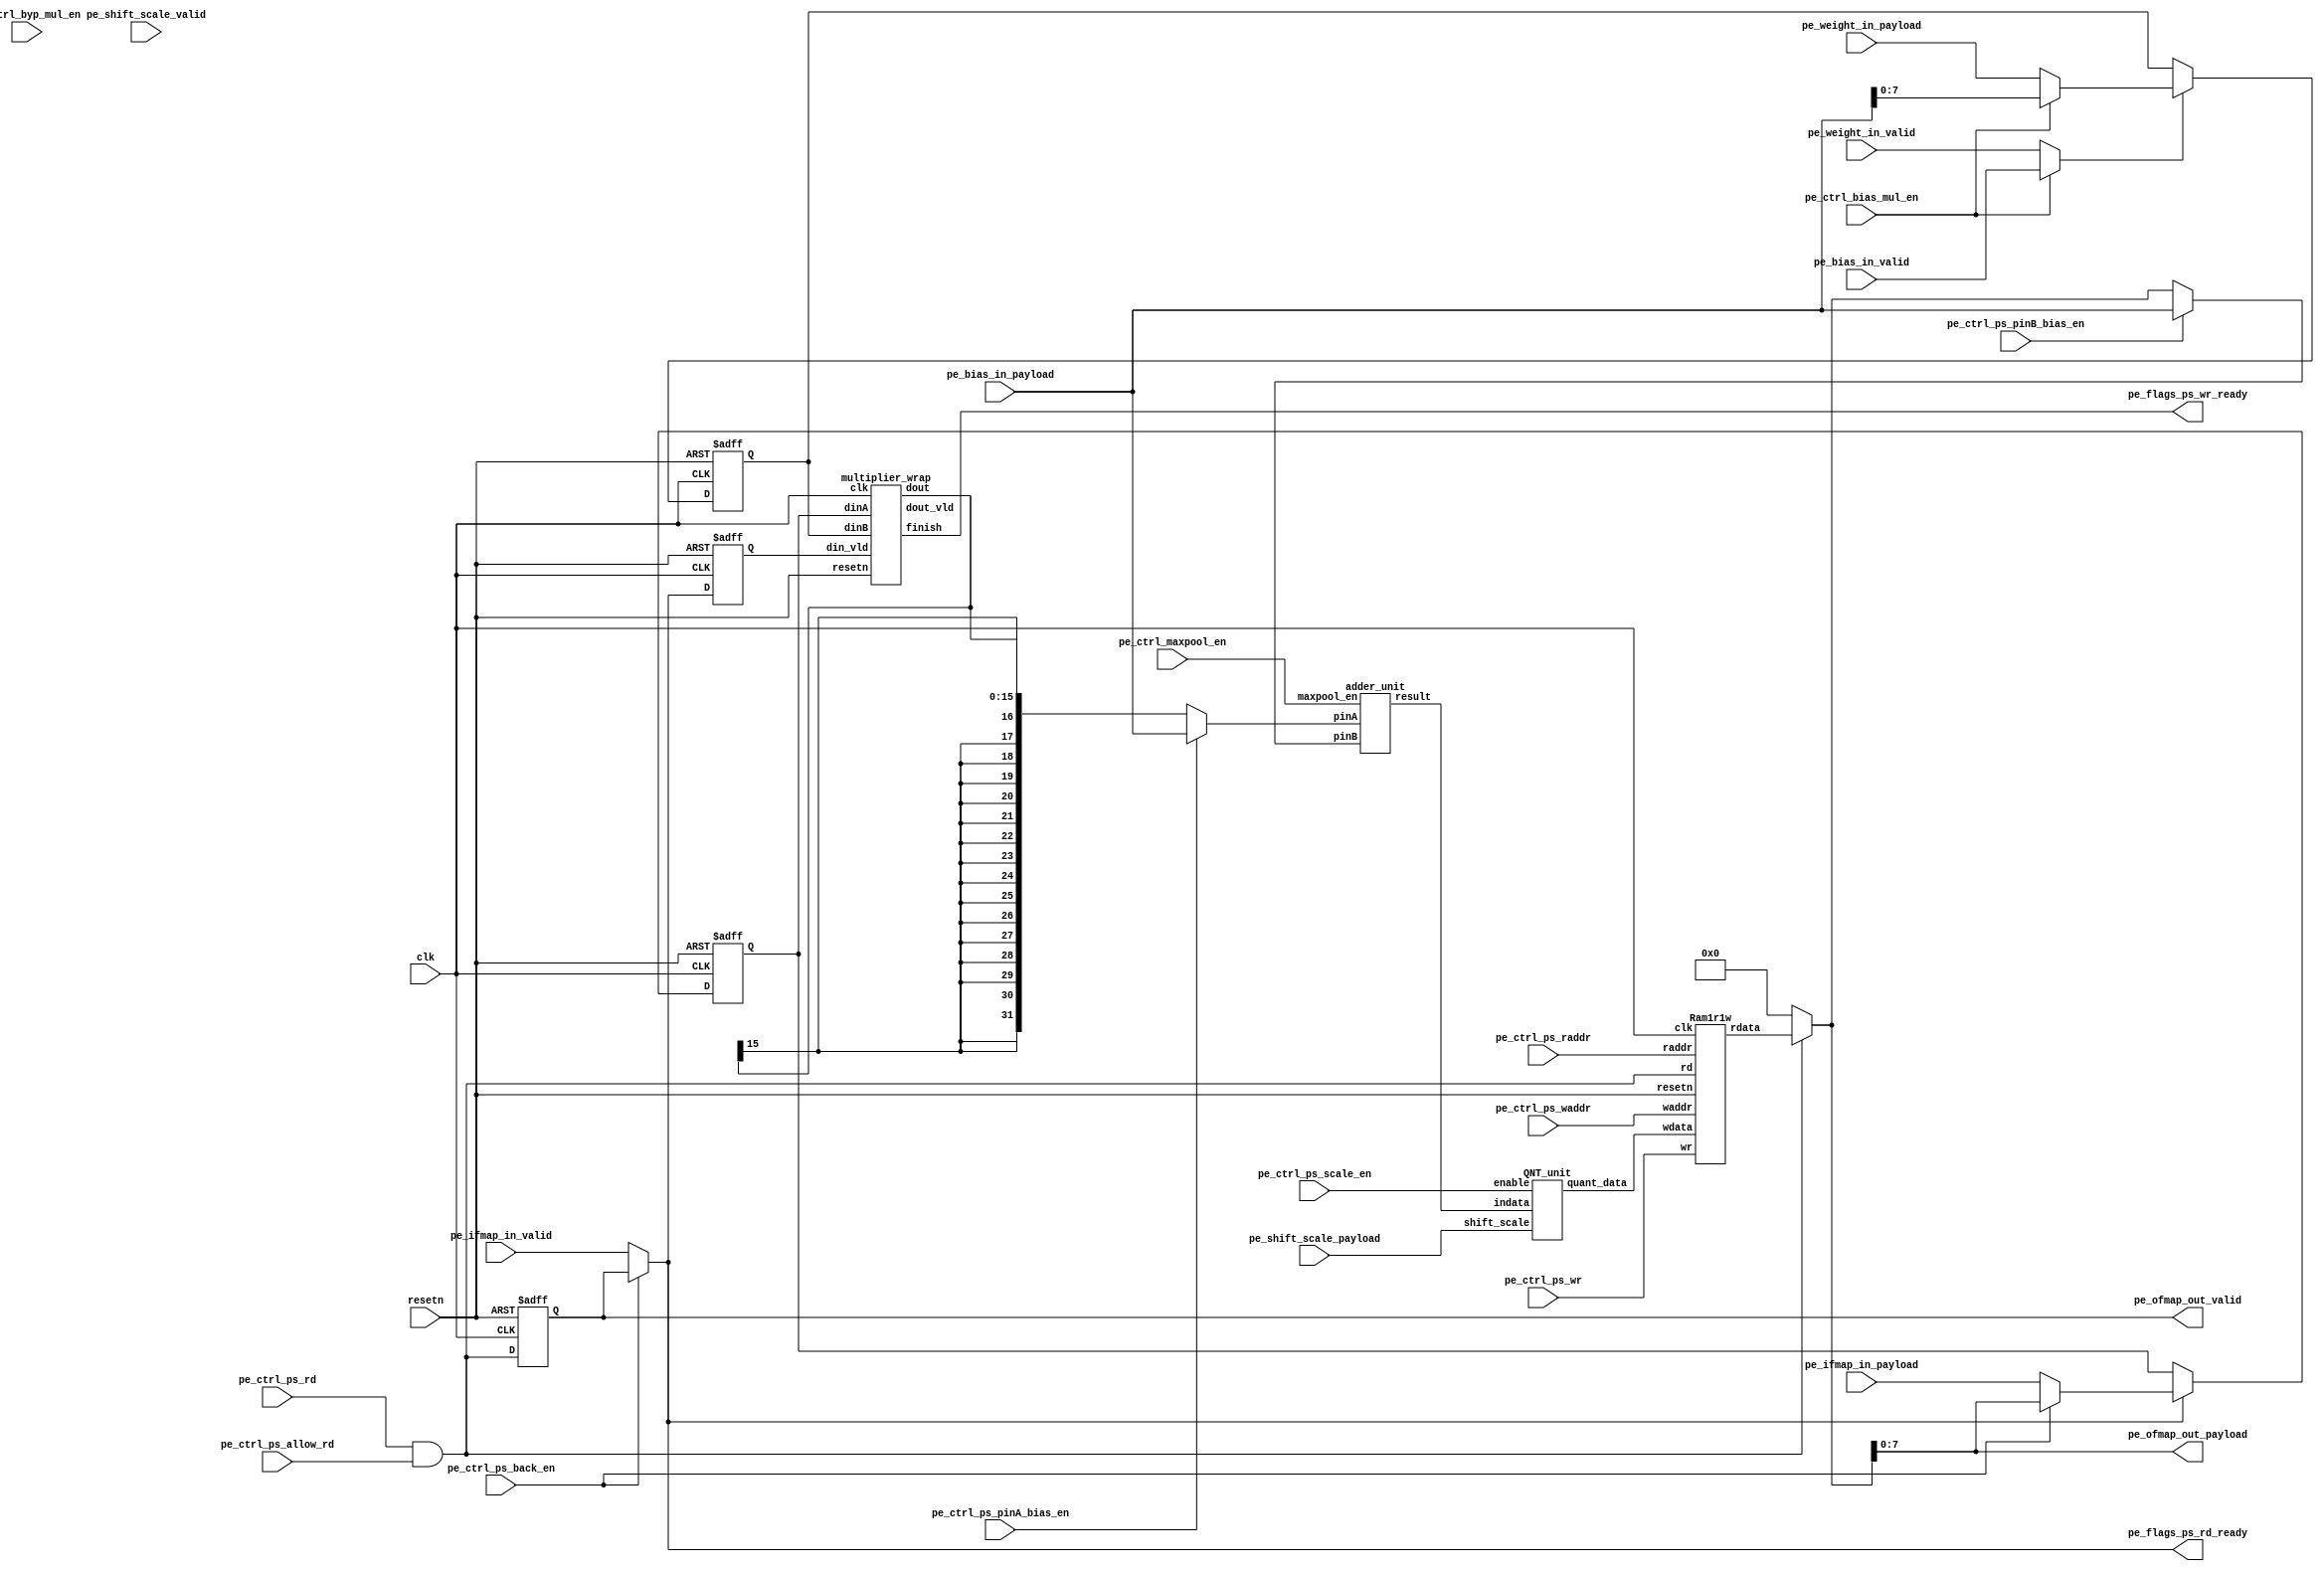
// Generator : SpinalHDL v1.7.0    git head : eca519e78d4e6022e34911ec300a432ed9db8220
// Component : pe_unit
// Git hash  : a8067f8b21100dedc7f8f4dc50eeab43e42ffc01

`timescale 1ns/1ps

module pe_unit (
  input               pe_weight_in_valid,
  input      [7:0]    pe_weight_in_payload,
  input               pe_ifmap_in_valid,
  input      [7:0]    pe_ifmap_in_payload,
  input               pe_bias_in_valid,
  input      [31:0]   pe_bias_in_payload,
  input               pe_shift_scale_valid,
  input      [7:0]    pe_shift_scale_payload,
  output              pe_ofmap_out_valid,
  output     [7:0]    pe_ofmap_out_payload,
  input               pe_ctrl_ps_back_en,
  input      [6:0]    pe_ctrl_ps_waddr,
  input      [6:0]    pe_ctrl_ps_raddr,
  input               pe_ctrl_ps_wr,
  input               pe_ctrl_ps_rd,
  input               pe_ctrl_ps_allow_rd,
  input               pe_ctrl_ps_pinA_bias_en,
  input               pe_ctrl_ps_pinB_bias_en,
  input               pe_ctrl_byp_mul_en,
  input               pe_ctrl_maxpool_en,
  input               pe_ctrl_bias_mul_en,
  input               pe_ctrl_ps_scale_en,
  output              pe_flags_ps_rd_ready,
  output              pe_flags_ps_wr_ready,
  input               clk,
  input               resetn
);

  wire       [31:0]   Ps_rgfile_wdata;
  wire       [15:0]   Multiplier_dout;
  wire                Multiplier_finish;
  wire                Multiplier_dout_vld;
  wire       [31:0]   Adder_result;
  wire       [31:0]   qnt_quant_data;
  wire       [31:0]   Ps_rgfile_rdata;
  wire       [31:0]   tmp_ps_rf_rdata_payload;
  wire       [31:0]   tmp_ps_rf_rdata_payload_1;
  reg        [7:0]    Mula;
  reg        [7:0]    Mulb;
  wire                MA_AfterMux_valid;
  wire       [7:0]    MA_AfterMux_payload;
  wire                MB_AfterMux_valid;
  wire       [7:0]    MB_AfterMux_payload;
  wire                bias_Mul_valid;
  wire       [7:0]    bias_Mul_payload;
  wire                Mul_out_valid;
  wire       [15:0]   Mul_out_payload;
  wire                Mul_finish;
  reg                 MA_AfterMux_valid_regNext;
  wire                adder_out_valid;
  wire       [31:0]   adder_out_payload;
  wire       [31:0]   mul_out_ext;
  wire       [31:0]   adder_pinB;
  wire       [31:0]   adder_pinA;
  wire                ps_rf_rdata_valid;
  wire       [31:0]   ps_rf_rdata_payload;
  wire                ps_true_rd_en;
  reg                 ps_true_rd_en_regNext;

  assign tmp_ps_rf_rdata_payload = Ps_rgfile_rdata;
  assign tmp_ps_rf_rdata_payload_1 = 32'h0;
  multiplier_wrap Multiplier (
    .dinA     (Mula[7:0]                ), //i
    .dinB     (Mulb[7:0]                ), //i
    .din_vld  (MA_AfterMux_valid_regNext), //i
    .dout     (Multiplier_dout[15:0]    ), //o
    .finish   (Multiplier_finish        ), //o
    .dout_vld (Multiplier_dout_vld      ), //o
    .clk      (clk                      ), //i
    .resetn   (resetn                   )  //i
  );
  adder_unit Adder (
    .pinA       (adder_pinA[31:0]  ), //i
    .pinB       (adder_pinB[31:0]  ), //i
    .maxpool_en (pe_ctrl_maxpool_en), //i
    .result     (Adder_result[31:0])  //o
  );
  QNT_unit qnt (
    .enable      (pe_ctrl_ps_scale_en        ), //i
    .indata      (adder_out_payload[31:0]    ), //i
    .shift_scale (pe_shift_scale_payload[7:0]), //i
    .quant_data  (qnt_quant_data[31:0]       )  //o
  );
  Ram1r1w Ps_rgfile (
    .rd     (ps_true_rd_en        ), //i
    .wr     (pe_ctrl_ps_wr        ), //i
    .waddr  (pe_ctrl_ps_waddr[6:0]), //i
    .raddr  (pe_ctrl_ps_raddr[6:0]), //i
    .wdata  (Ps_rgfile_wdata[31:0]), //i
    .rdata  (Ps_rgfile_rdata[31:0]), //o
    .clk    (clk                  ), //i
    .resetn (resetn               )  //i
  );
  assign bias_Mul_valid = pe_bias_in_valid;
  assign bias_Mul_payload = pe_bias_in_payload[7 : 0];
  assign MA_AfterMux_valid = (pe_ctrl_ps_back_en ? pe_ofmap_out_valid : pe_ifmap_in_valid);
  assign MA_AfterMux_payload = (pe_ctrl_ps_back_en ? pe_ofmap_out_payload : pe_ifmap_in_payload);
  assign MB_AfterMux_valid = (pe_ctrl_bias_mul_en ? bias_Mul_valid : pe_weight_in_valid);
  assign MB_AfterMux_payload = (pe_ctrl_bias_mul_en ? bias_Mul_payload : pe_weight_in_payload);
  assign pe_flags_ps_rd_ready = MA_AfterMux_valid;
  assign Mul_finish = Multiplier_finish;
  assign Mul_out_payload = Multiplier_dout;
  assign Mul_out_valid = Multiplier_dout_vld;
  assign pe_flags_ps_wr_ready = Mul_finish;
  assign mul_out_ext = {{16{Mul_out_payload[15]}}, Mul_out_payload};
  assign adder_out_payload = Adder_result;
  assign adder_out_valid = Mul_out_valid;
  assign adder_pinA = (pe_ctrl_ps_pinA_bias_en ? pe_bias_in_payload : mul_out_ext);
  assign ps_true_rd_en = (pe_ctrl_ps_rd && pe_ctrl_ps_allow_rd);
  assign Ps_rgfile_wdata = qnt_quant_data;
  assign ps_rf_rdata_payload = (ps_true_rd_en ? tmp_ps_rf_rdata_payload : tmp_ps_rf_rdata_payload_1);
  assign ps_rf_rdata_valid = ps_true_rd_en_regNext;
  assign adder_pinB = (pe_ctrl_ps_pinB_bias_en ? pe_bias_in_payload : ps_rf_rdata_payload);
  assign pe_ofmap_out_valid = ps_rf_rdata_valid;
  assign pe_ofmap_out_payload = ps_rf_rdata_payload[7 : 0];
  always @(posedge clk or negedge resetn) begin
    if(!resetn) begin
      Mula <= 8'h0;
      Mulb <= 8'h0;
      MA_AfterMux_valid_regNext <= 1'b0;
      ps_true_rd_en_regNext <= 1'b0;
    end else begin
      if(MA_AfterMux_valid) begin
        Mula <= MA_AfterMux_payload;
      end
      if(MB_AfterMux_valid) begin
        Mulb <= MB_AfterMux_payload;
      end
      MA_AfterMux_valid_regNext <= MA_AfterMux_valid;
      ps_true_rd_en_regNext <= ps_true_rd_en;
    end
  end


endmodule

module Ram1r1w (
  input               rd,
  input               wr,
  input      [6:0]    waddr,
  input      [6:0]    raddr,
  input      [31:0]   wdata,
  output     [31:0]   rdata,
  input               clk,
  input               resetn
);

  wire       [31:0]   ram_readData;

  regMem1r1w ram (
    .writeValid (wr                ), //i
    .readValid  (rd                ), //i
    .waddress   (waddr[6:0]        ), //i
    .raddress   (raddr[6:0]        ), //i
    .writeData  (wdata[31:0]       ), //i
    .readData   (ram_readData[31:0]), //o
    .clk        (clk               ), //i
    .resetn     (resetn            )  //i
  );
  assign rdata = ram_readData;

endmodule

module QNT_unit (
  input               enable,
  input      [31:0]   indata,
  input      [7:0]    shift_scale,
  output     [31:0]   quant_data
);

  wire       [31:0]   roundtoinf_indata;
  wire       [7:0]    roundtoinf_roundbits;
  wire       [31:0]   roundtoinf_outdata;
  wire       [7:0]    tmp_scale_abs;
  wire       [7:0]    tmp_scale_abs_1;
  wire       [7:0]    tmp_scale_abs_2;
  wire       [0:0]    tmp_scale_abs_3;
  wire       [31:0]   tmp_indata_after_shift;
  wire       [31:0]   tmp_indata_after_round;
  wire                isSign;
  wire       [7:0]    scale_abs;
  wire       [31:0]   indata_after_shift;
  wire       [31:0]   indata_after_round;

  assign tmp_scale_abs = (shift_scale[7] ? tmp_scale_abs_1 : shift_scale);
  assign tmp_scale_abs_1 = (~ shift_scale);
  assign tmp_scale_abs_3 = shift_scale[7];
  assign tmp_scale_abs_2 = {7'd0, tmp_scale_abs_3};
  assign tmp_indata_after_shift = ($signed(indata) <<< scale_abs);
  assign tmp_indata_after_round = roundtoinf_outdata;
  RoundToInf_unit roundtoinf (
    .indata    (roundtoinf_indata[31:0]  ), //i
    .roundbits (roundtoinf_roundbits[7:0]), //i
    .outdata   (roundtoinf_outdata[31:0] )  //o
  );
  assign isSign = shift_scale[7];
  assign scale_abs = (tmp_scale_abs + tmp_scale_abs_2);
  assign indata_after_shift = (isSign ? indata : tmp_indata_after_shift);
  assign roundtoinf_indata = indata_after_shift;
  assign roundtoinf_roundbits = (isSign ? scale_abs : 8'h0);
  assign indata_after_round = (enable ? tmp_indata_after_round : indata);
  assign quant_data = indata_after_round;

endmodule

module adder_unit (
  input      [31:0]   pinA,
  input      [31:0]   pinB,
  input               maxpool_en,
  output     [31:0]   result
);

  wire       [31:0]   tmp_adder_pinA;
  wire       [31:0]   tmp_adder_pinB;
  wire       [31:0]   tmp_comp_pinA;
  wire       [31:0]   tmp_comp_pinB;
  wire       [31:0]   adder_pinA;
  wire       [31:0]   adder_pinB;
  wire       [31:0]   adder_sum;
  wire       [31:0]   comp_pinA;
  wire       [31:0]   comp_pinB;
  wire       [31:0]   comp_res;
  wire                AgtB;

  assign tmp_adder_pinA = 32'h0;
  assign tmp_adder_pinB = 32'h0;
  assign tmp_comp_pinA = 32'h0;
  assign tmp_comp_pinB = 32'h0;
  assign adder_pinA = (maxpool_en ? tmp_adder_pinA : pinA);
  assign adder_pinB = (maxpool_en ? tmp_adder_pinB : pinB);
  assign adder_sum = ($signed(adder_pinA) + $signed(adder_pinB));
  assign AgtB = ($signed(comp_pinB) < $signed(comp_pinA));
  assign comp_pinA = (maxpool_en ? pinA : tmp_comp_pinA);
  assign comp_pinB = (maxpool_en ? pinB : tmp_comp_pinB);
  assign comp_res = (AgtB ? comp_pinA : comp_pinB);
  assign result = (maxpool_en ? comp_res : adder_sum);

endmodule

module multiplier_wrap (
  input      [7:0]    dinA,
  input      [7:0]    dinB,
  input               din_vld,
  output     [15:0]   dout,
  output              finish,
  output              dout_vld,
  input               clk,
  input               resetn
);

  wire       [15:0]   mul_dout;
  wire                mul_dout_vld;

  SimpleSignedMul mul (
    .dinA     (dinA[7:0]     ), //i
    .dinB     (dinB[7:0]     ), //i
    .din_vld  (din_vld       ), //i
    .dout     (mul_dout[15:0]), //o
    .dout_vld (mul_dout_vld  ), //o
    .clk      (clk           ), //i
    .resetn   (resetn        )  //i
  );
  assign dout = mul_dout;
  assign dout_vld = mul_dout_vld;
  assign finish = din_vld;

endmodule

module regMem1r1w (
  input               writeValid,
  input               readValid,
  input      [6:0]    waddress,
  input      [6:0]    raddress,
  input      [31:0]   writeData,
  output     [31:0]   readData,
  input               clk,
  input               resetn
);

  reg        [31:0]   tmp_mem_port1;
  reg [31:0] mem [0:127];

  always @(posedge clk) begin
    if(writeValid) begin
      mem[waddress] <= writeData;
    end
  end

  always @(posedge clk) begin
    if(readValid) begin
      tmp_mem_port1 <= mem[raddress];
    end
  end

  assign readData = tmp_mem_port1;

endmodule

module RoundToInf_unit (
  input      [31:0]   indata,
  input      [7:0]    roundbits,
  output     [31:0]   outdata
);

  wire       [4:0]    tmp_decide_bit;
  wire       [31:0]   tmp_outdata;
  wire       [31:0]   tmp_outdata_1;
  wire       [31:0]   tmp_outdata_2;
  wire       [31:0]   tmp_outdata_3;
  wire       [4:0]    roundbit;
  wire                isZero;
  wire       [31:0]   decide_bit;

  assign tmp_decide_bit = (roundbit - 5'h01);
  assign tmp_outdata = ($signed(tmp_outdata_1) + $signed(tmp_outdata_3));
  assign tmp_outdata_1 = ($signed(tmp_outdata_2) >>> roundbit);
  assign tmp_outdata_2 = indata;
  assign tmp_outdata_3 = decide_bit;
  assign roundbit = roundbits[4:0];
  assign isZero = (roundbits == 8'h0);
  assign decide_bit = {31'h0,indata[tmp_decide_bit]};
  assign outdata = (isZero ? indata : tmp_outdata);

endmodule

module SimpleSignedMul (
  input      [7:0]    dinA,
  input      [7:0]    dinB,
  input               din_vld,
  output     [15:0]   dout,
  output              dout_vld,
  input               clk,
  input               resetn
);

  wire       [15:0]   mul_io_dout;
  wire                mul_io_dout_vld;

  SignMultiplier mul (
    .io_dinA     (dinA[7:0]        ), //i
    .io_dinB     (dinB[7:0]        ), //i
    .io_din_vld  (din_vld          ), //i
    .io_dout     (mul_io_dout[15:0]), //o
    .io_dout_vld (mul_io_dout_vld  ), //o
    .clk         (clk              ), //i
    .resetn      (resetn           )  //i
  );
  assign dout = mul_io_dout;
  assign dout_vld = mul_io_dout_vld;

endmodule

module SignMultiplier (
  input      [7:0]    io_dinA,
  input      [7:0]    io_dinB,
  input               io_din_vld,
  output     [15:0]   io_dout,
  output              io_dout_vld,
  input               clk,
  input               resetn
);

  reg        [15:0]   Result;
  reg                 dout_vld_reg;

  assign io_dout = Result;
  assign io_dout_vld = dout_vld_reg;
  always @(posedge clk or negedge resetn) begin
    if(!resetn) begin
      Result <= 16'h0;
      dout_vld_reg <= 1'b0;
    end else begin
      dout_vld_reg <= io_din_vld;
      if(io_din_vld) begin
        Result <= ($signed(io_dinA) * $signed(io_dinB));
      end
    end
  end


endmodule